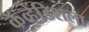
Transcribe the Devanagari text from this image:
कॅव्हेंडिशला